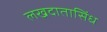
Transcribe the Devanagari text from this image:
लखदातासिंध